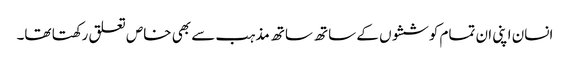
انسان اپنی ان تمام کوششوں کے ساتھ ساتھ مذہب سے بھی خاص تعلق رکھتا تھا۔